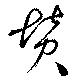
賛